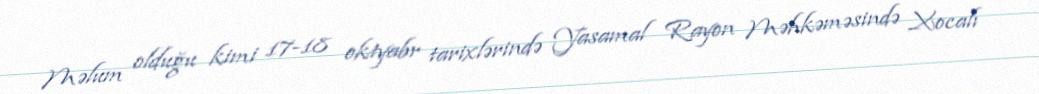
Məlum olduğu kimi 17-18 oktyabr tarixlərində Yasamal Rayon Məhkəməsində Xocalı